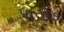
પાતીડ